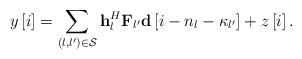
LaTeX: \begin{align*} y\left[ i \right] = \sum\limits_{\left( {l,l'} \right) \in {\cal S}} {{\bf{h}}_l^H{{\bf{F}}_{l'}}{\bf{d}}\left[ {i - {n_l} - {\kappa _{l'}}} \right]} + z\left[ {i} \right]. \end{align*}